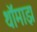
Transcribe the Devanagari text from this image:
थॉमाझ